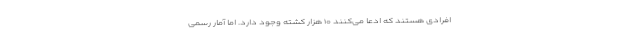
افرادی هستند که ادعا می‌کنند ۱۰ هزار کشته وجود دارد. اما آمار رسمی